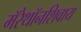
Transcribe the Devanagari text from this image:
मॅरेथॉनशिवाय